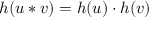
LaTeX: h ( u * v ) = h ( u ) \cdot h ( v )